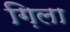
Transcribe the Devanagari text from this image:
ग़िला